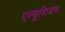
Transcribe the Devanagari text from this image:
एल्यूशिअन